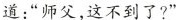
道：“师父，这不到了?”